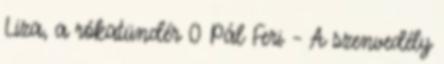
Liza, a rókatündér 0 Pál Feri – A szenvedély